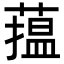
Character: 𦻲